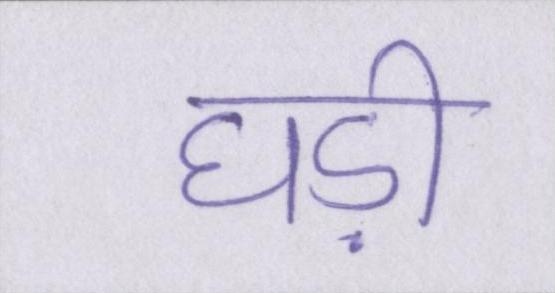
घड़ी